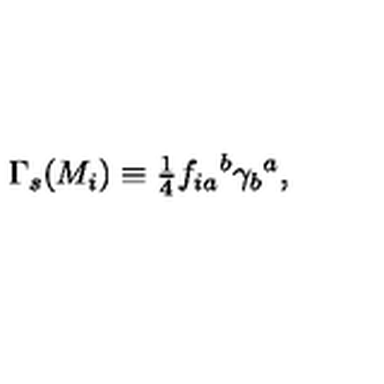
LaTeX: \Gamma _ { s } ( M _ { i } ) \equiv { \textstyle \frac { 1 } { 4 } } f _ { i a } { } ^ { b } \gamma _ { b } { } ^ { a } ,